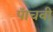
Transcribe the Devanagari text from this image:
पॅाचवी